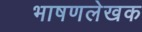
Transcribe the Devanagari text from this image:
भाषणलेखक